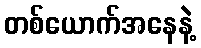
တစ်ယောက်အနေနဲ့